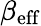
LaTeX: \beta_{\mathrm{eff}}